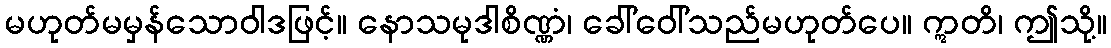
မဟုတ်မမှန်သောဝါဒဖြင့်။ နောသမုဒါစိဏ္ဏံ၊ ခေါ်ဝေါ်သည်မဟုတ်ပေ။ ဣတိ၊ ဤသို့။